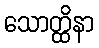
သောတ္ထိနာ